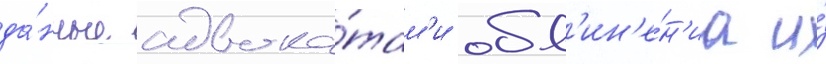
да́нные адвока́там'и обв'ин'е́н'иа и́